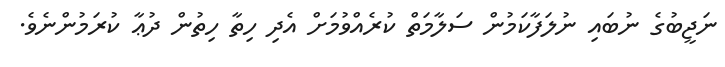
ނަޖީބުގެ ނުބައި ނުލަފާކަމުން ސަލާމަތް ކުރެއްވުމަށް އެދި ހިތާ ހިތުން ދުޢާ ކުރަމުންނެވެ.